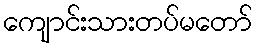
ကျောင်းသားတပ်မတော်